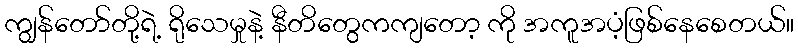
ကျွန်တော်တို့ရဲ့ ရိုသေမှုနဲ့ နီတိတွေကကျတော့ ကို အကူအပံ့ဖြစ်နေစေတယ်။